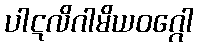
ပါဋလိဂါမိယဝဂ္ဂေါ